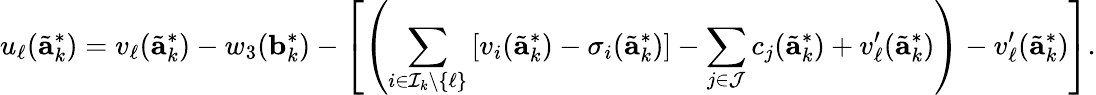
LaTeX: u_{\ell}(\tilde{\mathbf{a}}_{k}^{*})=v_{\ell}(\tilde{\mathbf{a}}_{k}^{*})-w_{3}(\mathbf{b}_{k}^{*})-\left[\left(\sum_{i\in\mathcal{I}_{k}\setminus\{ \ell\} }\left[v_{i}(\tilde{\mathbf{a}}_{k}^{*})-\sigma_{i}(\tilde{\mathbf{a}}_{k}^{*})\right]-\sum_{j\in\mathcal{J}}c_{j}(\tilde{\mathbf{a}}_{k}^{*})+v_{\ell}^{\prime}(\tilde{\mathbf{a}}_{k}^{*})\right)-v_{\ell}^{\prime}(\tilde{\mathbf{a}}_{k}^{*})\right].